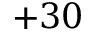
+ 3 0